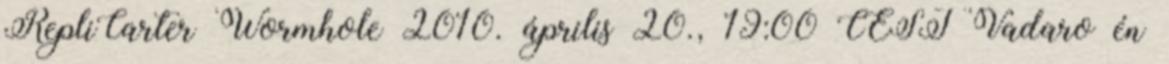
RepliCarter Wormhole 2010. április 20., 19:00 CEST Vadaro én